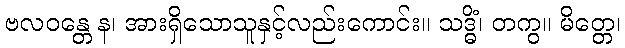
ဗလဝန္တေ န၊ အားရှိသောသူနှင့်လည်းကောင်း။ သဒ္ဓိံ၊ တကွ။ မိတ္တေ၊